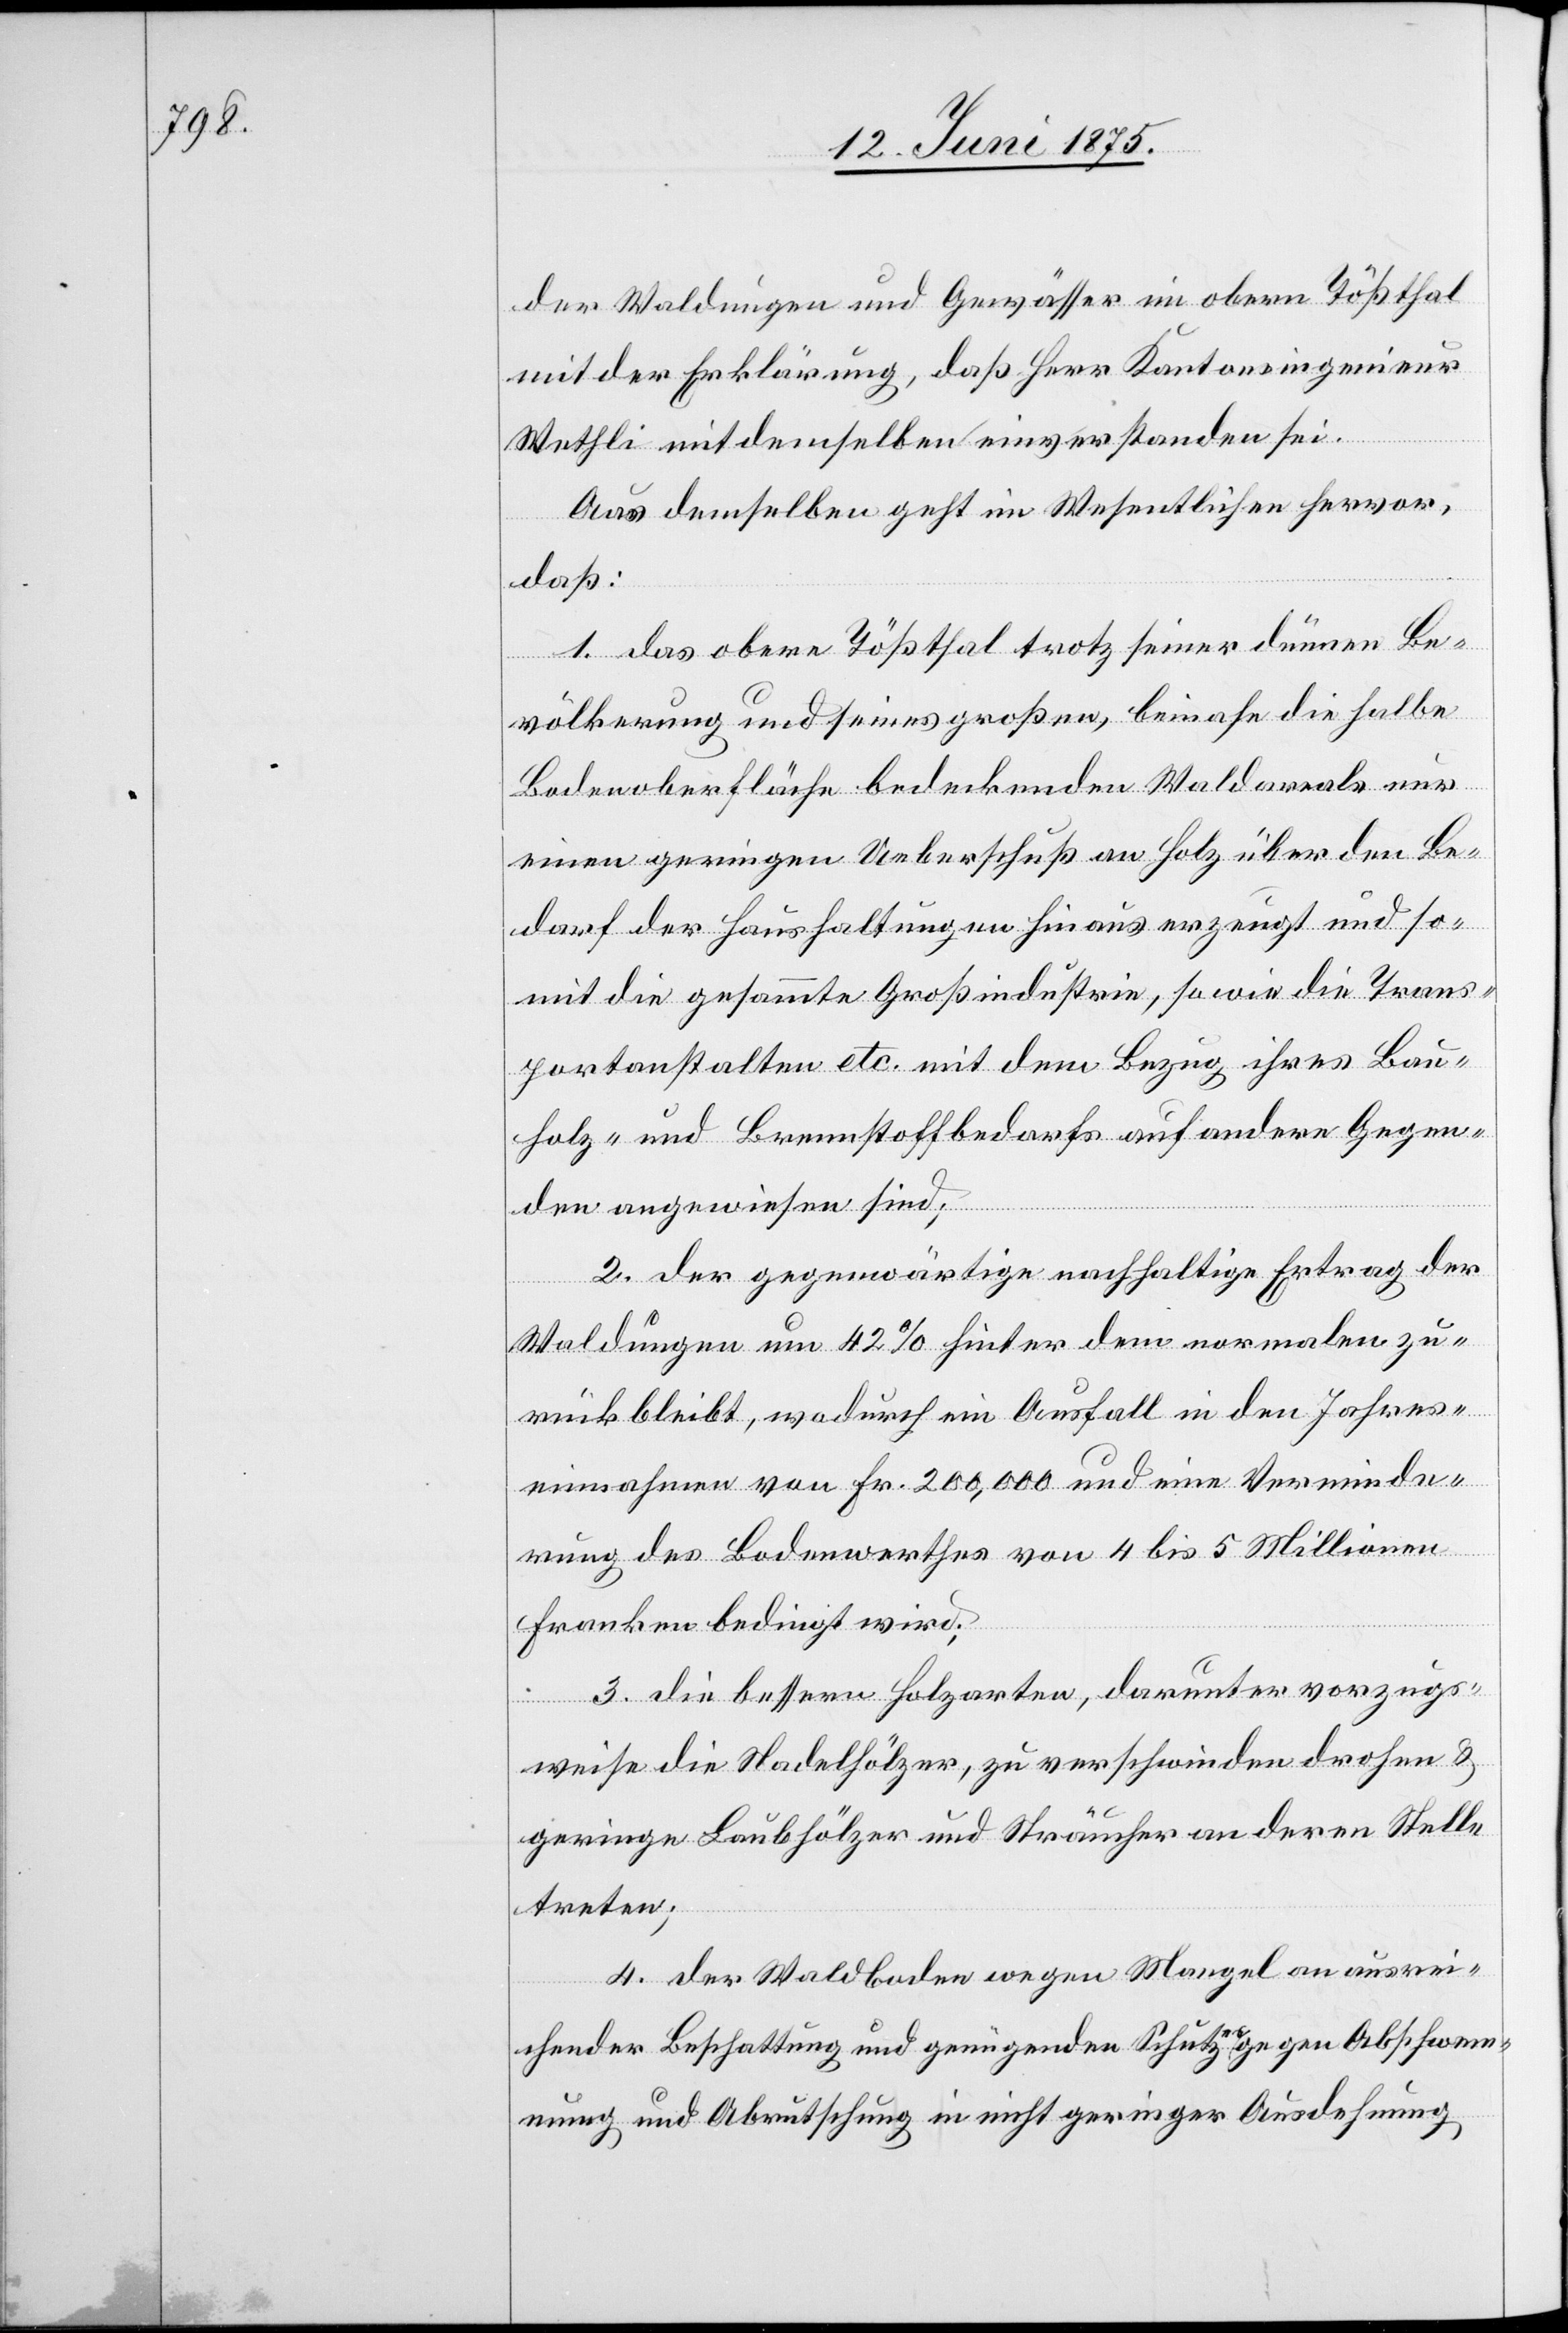
der Waldungen und Gewässer im obern Tößthal
mit der Erklärung, daß Herr Kantonsingenieur
Wetli] mit demselben einverstanden sei.
Aus demselben geht im Wesentlichen hervor,
daß:
1. das obere Tößthal trotz seiner dünnen Be¬
völkerung und seines großen, beinahe die halbe
Bodenoberfläche bedeckenden Waldareals nur
einen geringen Ueberschuß an Holz über den Be¬
darf der Haushaltungen hinaus erzeugt und so¬
mit die gesammte Großindustrie, sowie die Trans¬
portanstalten etc. mit dem Bezug ihres Bau¬
holz- und Brennstoffbedarfs auf andere Gegen¬
den angewiesen sind;
2. der gegenwärtige nachtheilige Ertrag der
Waldungen um 42% hinter dem normalen zu¬
rückbleibt, wodurch ein Ausfall in den Jahres¬
einnahmen von Fr. 200,000 und eine Verminde¬
rung des Bodenwerthes von 4 bis 5 Millionen
Franken bedingt wird;
3. die bessern Holzarten, darunter vorzugs¬
weise Nadelhölzer, zu verschwinden drohen &
geringe Laubhölzer und Sträucher an deren Stelle
treten;
4. der Waldboden wegen Mangel an ausrei¬
chender Beschattung und genügenden Schutz gegen Abschwem¬
mung und Abrutschung in nicht geringer Ausdehnung,